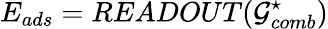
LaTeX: E_{ads}=READOUT(\mathcal{G}_{comb}^{\star})